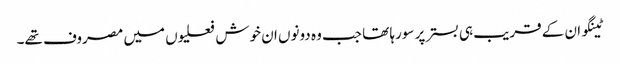
ٹینگو ان کے قریب ہی بستر پر سورہا تھا جب وہ دونوں ان خوش فعلیوں میں مصروف تھے۔